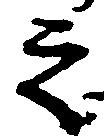
之